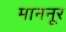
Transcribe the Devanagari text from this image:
माननूर